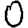
Digit: 0